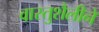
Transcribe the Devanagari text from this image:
वास्तुशैलीने